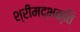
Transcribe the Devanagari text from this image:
श्रीमद्भक्ति